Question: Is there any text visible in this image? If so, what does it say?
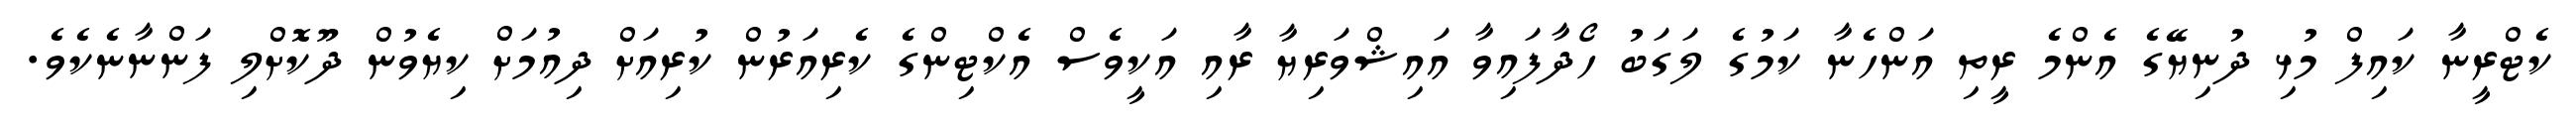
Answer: ކެޓްރީނާ ކައިފް މުޅި ދުނިޔޭގެ އެންމެ ރީތި އަންހެނާ ކަމުގެ ލަގަބު ހޯދާފައިވާ އައިޝްވަރިޔާ ރާއި އަކީވެސް އެކްޓިންގެ ކެރިއަރުން ކުރިއަށް ދިއުމަށް ކިޔެވުން ދޫކޮށްލި ފަންނާނެކެވެ.